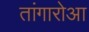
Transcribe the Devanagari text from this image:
तांगारोआ